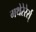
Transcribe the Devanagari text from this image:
गथेरेरेर्स्